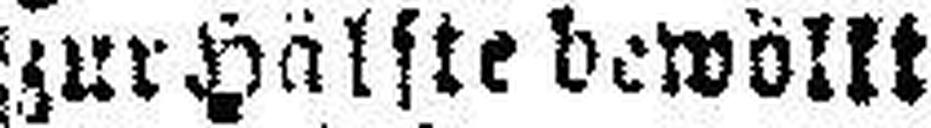
zur Hälfte bewölkt